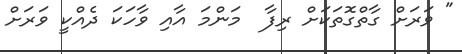
" ވަރަށް ގާތްގޮތަކަށް ރިފާ  މަންމަ އާއި ވާހަކަ ދެއްކީ ވަރަށް